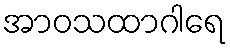
အာဝသထာဂါရေ